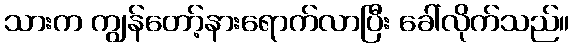
သားက ကျွန်တော့်နားရောက်လာပြီး ခေါ်လိုက်သည်။